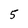
Character: 5